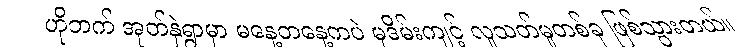
ဟိုဘက် အုတ်နှဲရွာမှာ မနေ့တနေ့ကပဲ မုဒိမ်းကျင့် လူသတ်မှုတစ်ခု ဖြစ်သွားတယ်။